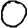
Digit: 0